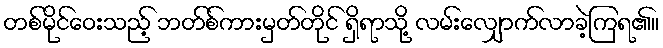
တစ်မိုင်ဝေးသည့် ဘတ်စ်ကားမှတ်တိုင် ရှိရာသို့ လမ်းလျှောက်လာခဲ့ကြရ၏။